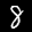
Digit: 8